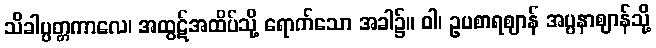
သိခါပ္ပတ္တကာလေ၊ အထွဋ်အထိပ်သို့ ရောက်သော အခါ၌။ ဝါ၊ ဥပစာရဈာန် အပ္ပနာဈာန်သို့